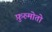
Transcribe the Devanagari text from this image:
फ़ुरुमोतो